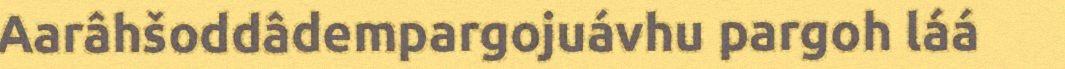
Aarâhšoddâdempargojuávhu pargoh láá